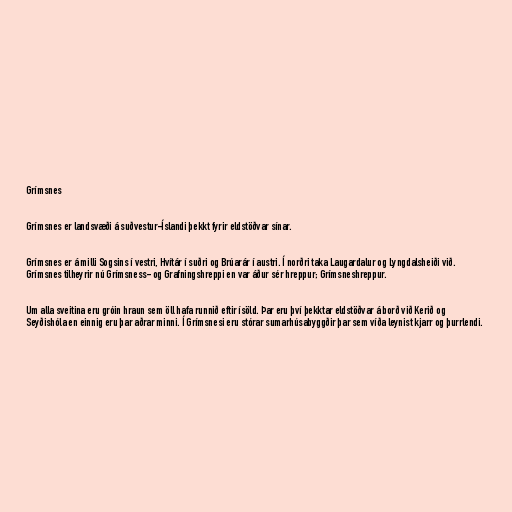
Grímsnes

Grímsnes er landsvæði á suðvestur-Íslandi þekkt fyrir eldstöðvar sínar.

Grímsnes er á milli Sogsins í vestri, Hvítár í suðri og Brúarár í austri. Í norðri taka Laugardalur og Lyngdalsheiði við.
Grímsnes tilheyrir nú Grímsness- og Grafningshreppi en var áður sér hreppur; Grímsneshreppur.

Um alla sveitina eru gróin hraun sem öll hafa runnið eftir ísöld. Þar eru því þekktar eldstöðvar á borð við Kerið og
Seyðishóla en einnig eru þar aðrar minni. Í Grímsnesi eru stórar sumarhúsabyggðir þar sem víða leynist kjarr og þurrlendi.